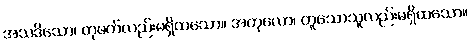
အသဒိသော၊ တုဖက်လည်းမရှိထသော။ အတုလော၊ တူသောသူလည်းမရှိထသော။